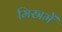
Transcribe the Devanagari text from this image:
मिस्रमें